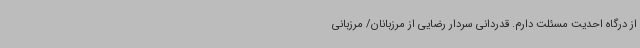
از درگاه احدیت مسئلت دارم. قدردانی سردار رضایی از مرزبانان/ مرزبانی